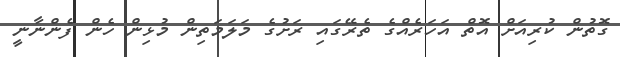
ގޮތުން ކުރިއަށް އޮތް އަހަރެއްގެ ތެރޭގައި ރަށުގެ މަލަމަތިން މުޅިން ހެން ފެންނާނީ